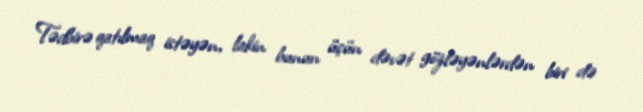
Tədbirə qatılmaq istəyən, lakin bunun üçün dəvət gözləyənlərdən biri də